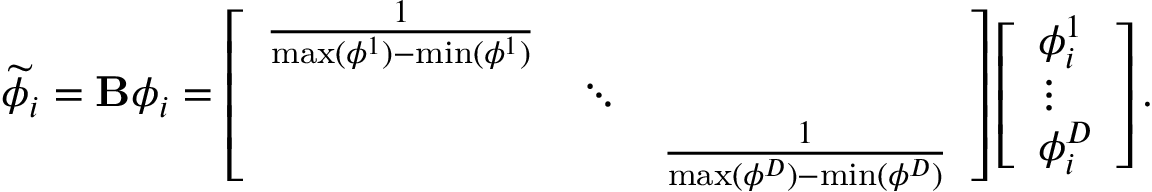
\widetilde { \phi } _ { i } = { \bf B } \phi _ { i } = \left[ \begin{array} { l l l } { \frac { 1 } { \operatorname* { m a x } ( \phi ^ { 1 } ) - \operatorname* { m i n } ( \phi ^ { 1 } ) } } & & \\ & { \ddots } & \\ & & { \frac { 1 } { \operatorname* { m a x } ( \phi ^ { D } ) - \operatorname* { m i n } ( \phi ^ { D } ) } } \end{array} \right] \left[ \begin{array} { l } { \phi _ { i } ^ { 1 } } \\ { \vdots } \\ { \phi _ { i } ^ { D } } \end{array} \right] .